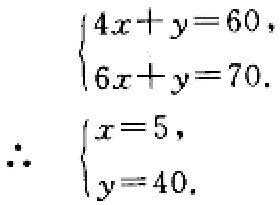
\[\begin{cases}
4x + y = 60,\\
6x + y = 70.
\end{cases}
\therefore
\begin{cases}
x = 5,\\
y = 40.
\end{cases}\]